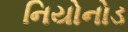
નિયોનોડ